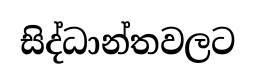
සිද්ධාන්තවලට